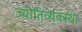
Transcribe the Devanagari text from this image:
ज्योतिर्व्यवस्था